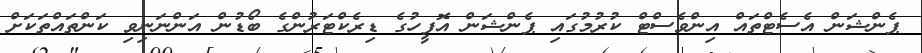
ޕެންޝަން އެސެޓްތައް އިންވެސްޓް ކުރުމުގައި ޕެންޝަން އޮފީހުގެ ޑިރެކްޓަރުންގެ ބޯޑުން އަންނަނިވި ކަންތައްތަކަށް